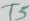
Text: T5